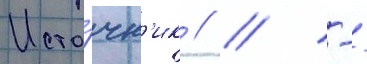
Исто́чн'ик // / -/